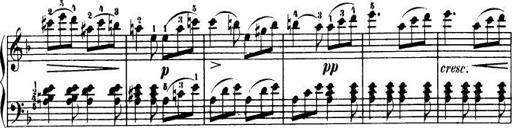
Title: Le bouquetier
Composer: Anton Diabelli
Key: G major
 C major
 F major
 C major